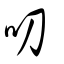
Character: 叨